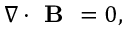
\begin{array} { r } { \nabla \cdot \textbf { B } = 0 , } \end{array}